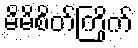
မိမိစိတ်ကြိုက်